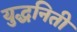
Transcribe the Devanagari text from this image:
युद्धनिती